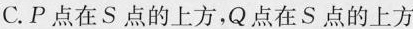
C.P点在S点的上方，Q点在S点的上方